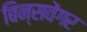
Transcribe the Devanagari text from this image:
बिन्सवेंगर